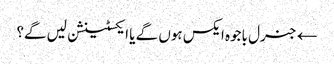
← جنرل باجوہ ایکس ہوں گے یا ایکسٹینشن لیں گے؟